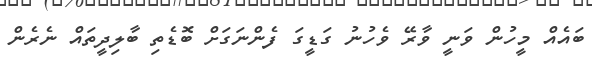
ބައެއް މީހުން ވަނީ ވާރޭ ވެހުނު ގަޑީގަ ފެންނަގަށް ބޮޑެތި ބާލިދީތައް ނެރެން